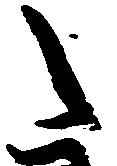
た